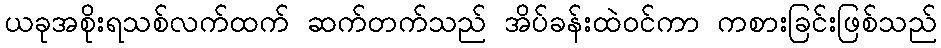
ယခုအစိုးရသစ်လက်ထက် ဆက်တက်သည် အိပ်ခန်းထဲဝင်ကာ ကစားခြင်းဖြစ်သည်